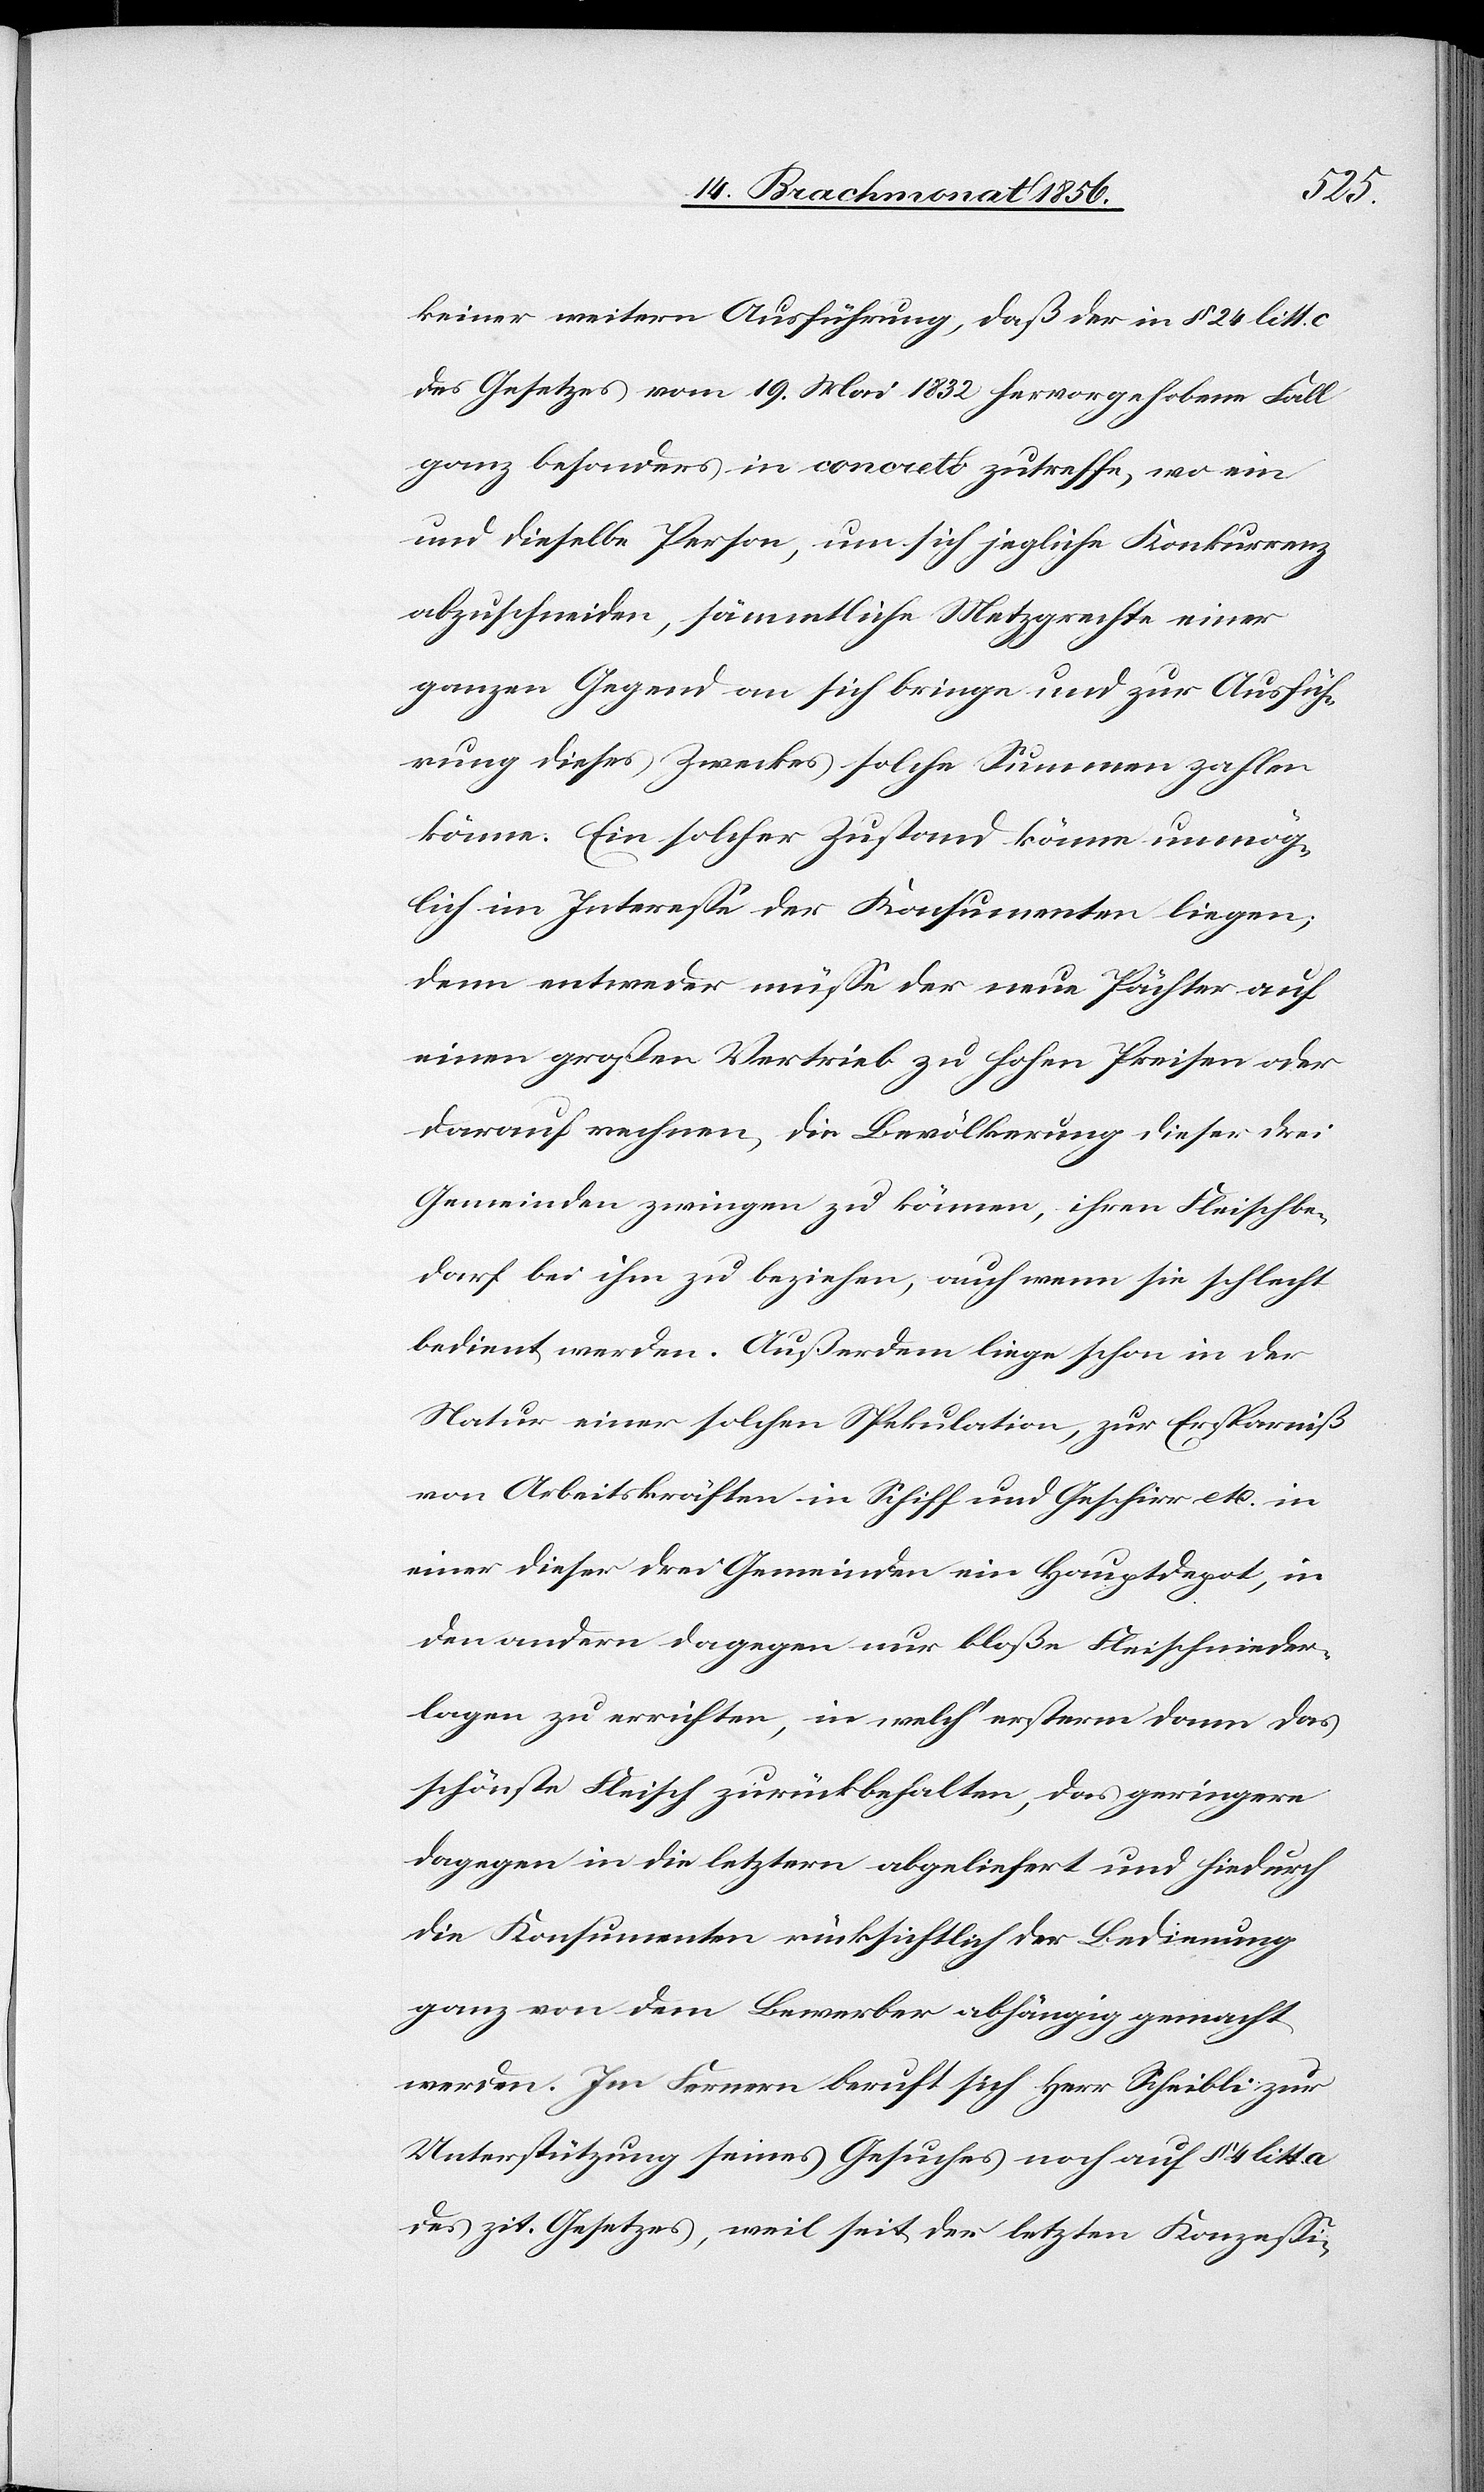
keiner weitern Ausführung, daß der in § 24 litt.
des Gesetzes vom 19. Mai 1832 hervorgehobene Fall
ganz besonders in concreto zutreffe, wo ein
und dieselbe Person, um sich jegliche Konkurrenz
abzuschneiden, sämmtliche Metzgrechte einer
ganzen Gegend an sich bringe und zur Ausfüh¬
rung dieses Zweckes solche Summen zahlen
könne. Ein solcher Zustand könne unmög¬
lich im Interesse der Konsumenten liegen;
denn entweder müsse der neue Pächter auf
einen großen Vertrieb zu hohen Preisen oder
darauf rechnen, die Bevölkerung dieser drei
Gemeinden zwingen zu können, ihren Fleischbe¬
darf bei ihm zu beziehen, auch wenn sie schlecht
bedient werden. Außerdem liege schon in der
Natur einer solchen Spekulation, zur Ersparniß
von Arbeitskräften in Schiff und Geschirr etc. in
einer dieser drei Gemeinden ein Hauptdepot, in
den andern dagegen nur bloße Fleischnieder¬
lagen zu errichten, in welch' ersterm dann das
schönste Fleisch zurückbehalten, das geringere
dagegen in die letztern abgeliefert und hiedurch
die Konsumenten rücksichtlich der Bedienung
ganz von dem Bewerber abhängig gemacht
werden. Im Fernern beruft sich Herr Scheibli zur
Unterstützung seines Gesuches noch auf § 4 litt.
des zit. Gesetzes, weil seit der letzten Konzessi-